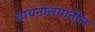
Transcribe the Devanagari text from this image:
वाचनालयांतील